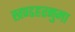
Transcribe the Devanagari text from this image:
खण्डहरनुमा